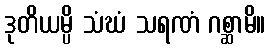
ဒုတိယမ္ပိ သံဃံ သရဏံ ဂစ္ဆာမိ။